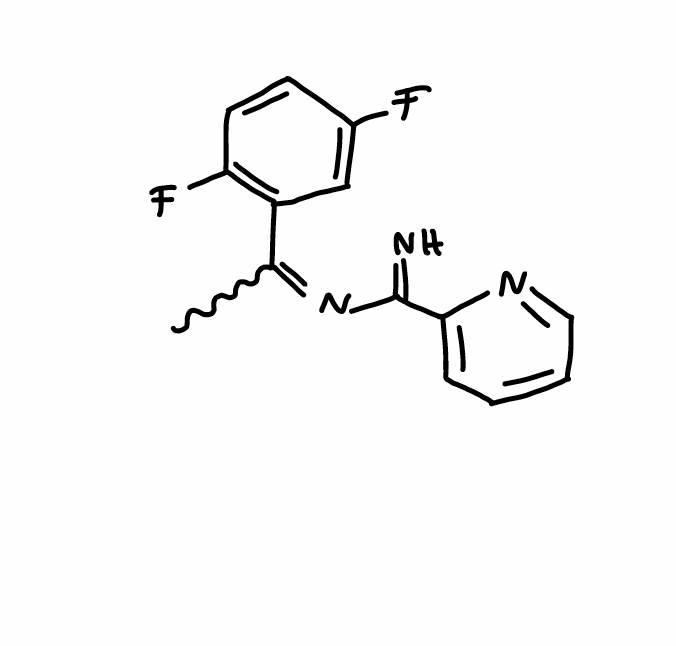
Simplified molecular-input line-entry system (SMILES) notation of the given molecule:
CC(=NC(=N)C1=CC=CC=N1)C2=C(C=CC(=C2)F)F